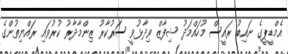
އެމްޑީޕީގެ ނައިބު ރައީސް މުހައްމަދު ޝިފާޒް ވިދާޅުވީ ސަރުކާރު ޒިންމާދާރު ކުރުވައި ރައްޔިތުންގެ